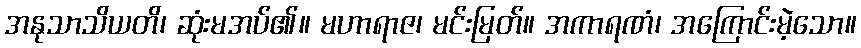
အနုသာသိယတိ၊ ဆုံးမအပ်၏။ မဟာရာဇ၊ မင်းမြတ်။ အကာရဏံ၊ အကြောင်းမဲ့သော။